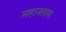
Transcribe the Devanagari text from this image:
महानताम